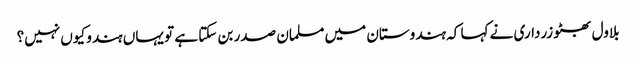
بلاول بھٹو زرداری نے کہا کہ ہندوستان میں مسلمان صدر بن سکتا ہے تو یہاں ہندو کیوں نہیں؟